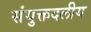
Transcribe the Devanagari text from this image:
संयुक्तदलीय